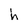
Character: h